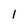
Character: 1